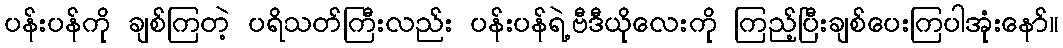
ပန်းပန်ကို ချစ်ကြတဲ့ ပရိသတ်ကြီးလည်း ပန်းပန်ရဲ့ဗီဒီယိုလေးကို ကြည့်ပြီးချစ်ပေးကြပါအုံးနော်။